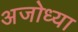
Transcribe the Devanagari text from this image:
अजोध्या